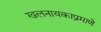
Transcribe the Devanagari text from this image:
खलनायकाप्रमाणे